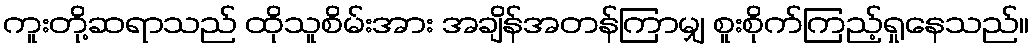
ကူးတို့ဆရာသည် ထိုသူစိမ်းအား အချိန်အတန်ကြာမျှ စူးစိုက်ကြည့်ရှုနေသည်။